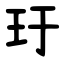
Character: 玗